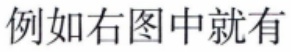
例如右图中就有